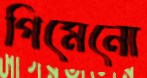
গিমেনো